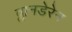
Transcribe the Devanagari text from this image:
व्लानडेरेन